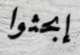
إبحثوا